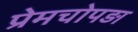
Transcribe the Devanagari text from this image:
प्रेमचोपड़ा